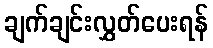
ချက်ချင်းလွှတ်ပေးရန်